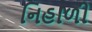
નિહાળી